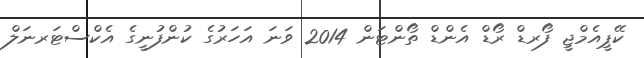
ކޭޕީއެމްޖީ ފޯރޑް ރޯޑް އެންޑް ތޯންޓަން 2014 ވަނަ އަހަރުގެ ކުންފުނީގެ އެކްސްޓަރނަލް